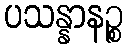
ပသန္နာနဉ္စ